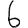
Digit: 6